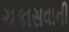
ચકાસવાની